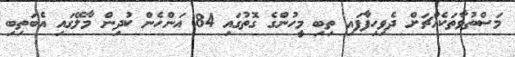
މަސްތުވާތަކެއްޗަށް ދެވިހިފާފައި ތިބި މީހުންގެ ގޮތުގައި 84 އަންހެން ކުދިން މާލޭގައި އެބަތިބި